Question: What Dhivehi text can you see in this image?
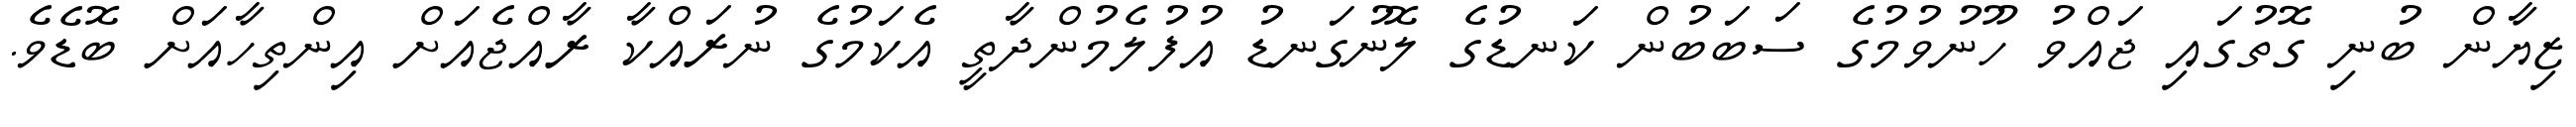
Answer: ޒިޔާން ބުނި ގޮތުގައި ޖައްވު ހޫނުވުމުގެ ސަބަބުން ކަނޑުގެ ލޮނުގަނޑު އުފުލެމުންދާތީ އެކަމުގެ ނުރައްކާ ރާއްޖެއަށް އިންތިހާއަށް ބޮޑެވެ.